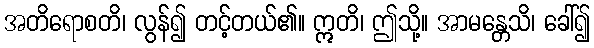
အတိရောစတိ၊ လွန်၍ တင့်တယ်၏။ ဣတိ၊ ဤသို့။ အာမန္တေသိ၊ ခေါ်၍